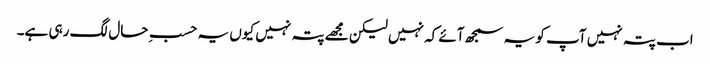
اب پتہ نہیں آپ کو یہ سمجھ آئے کہ نہیں لیکن مجھے پتہ نہیں کیوں یہ حسبِ حال لگ رہی ہے۔